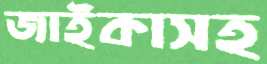
জাইকাসহ